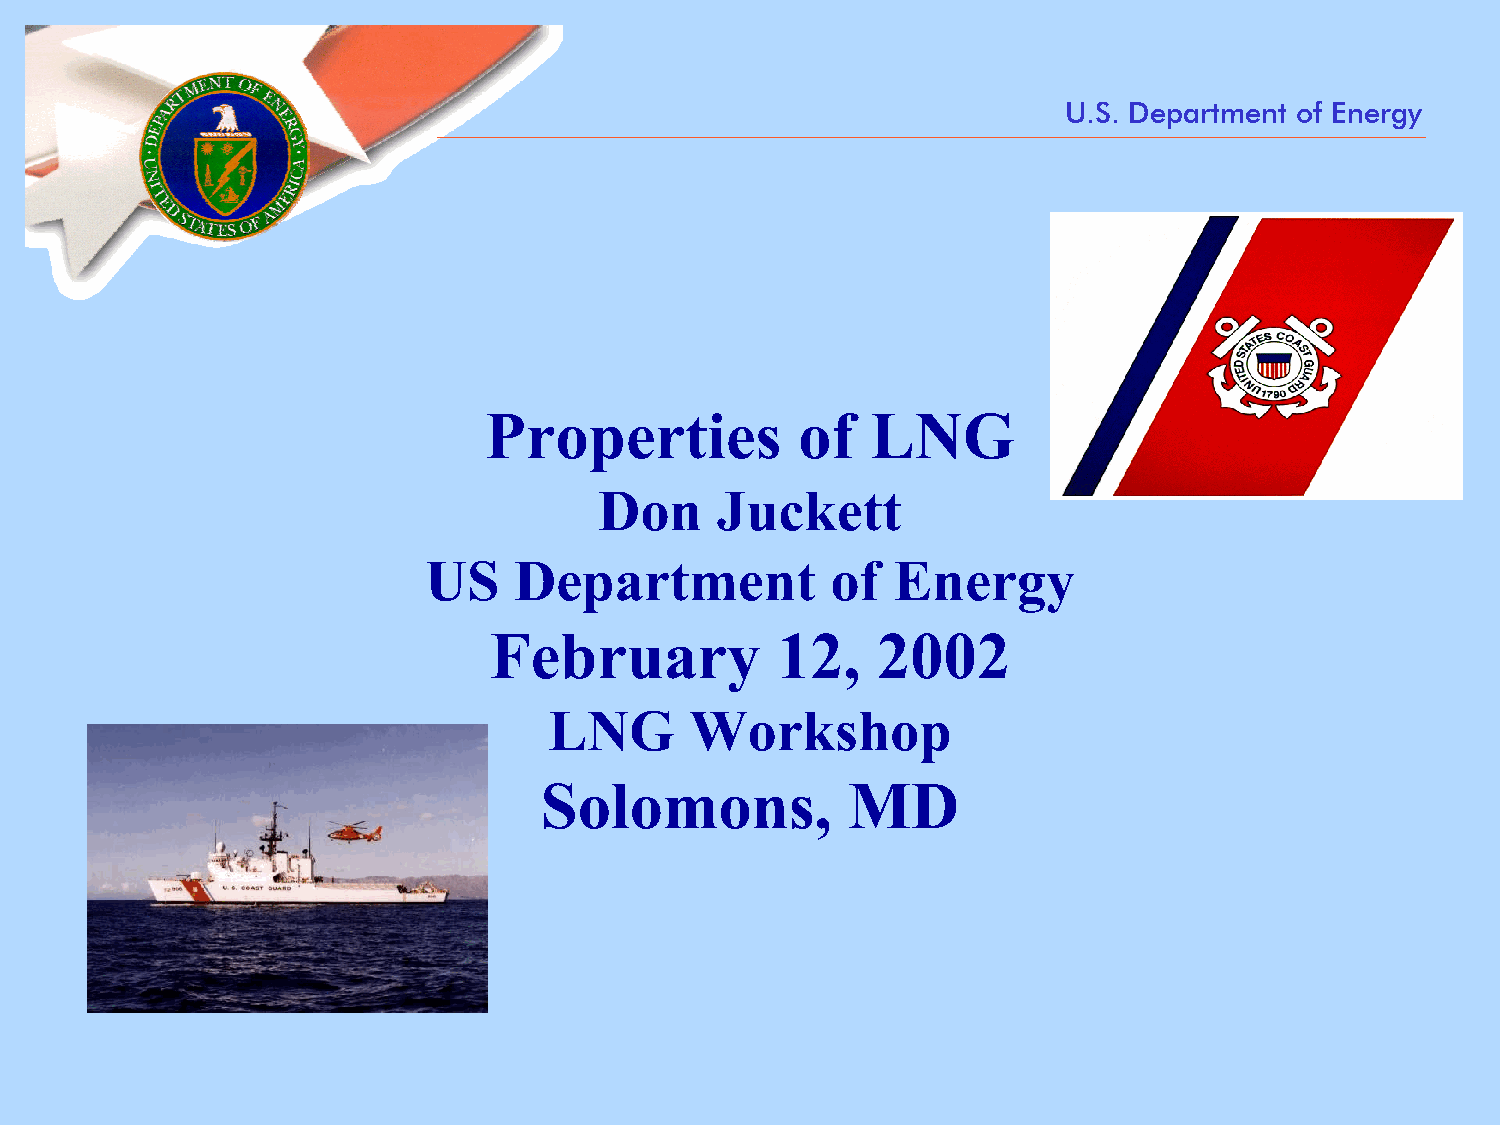
U.S. Department of Energy
 Properties           of   LNG
 Don    Juckett
 US    Department           of  Energy
 February           12,    2002
 LNG       Workshop
 Solomons,           MD